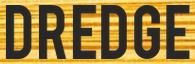
DREDGE